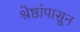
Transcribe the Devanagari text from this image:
श्रेष्ठांपासून